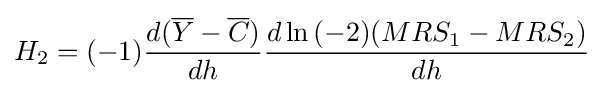
H_{2}=(-1){\frac {d({\overline {Y}}-{\overline {C}})}{dh}}{\frac {d\ln {(-2)(MRS_{1}-MRS_{2})}}{dh}}